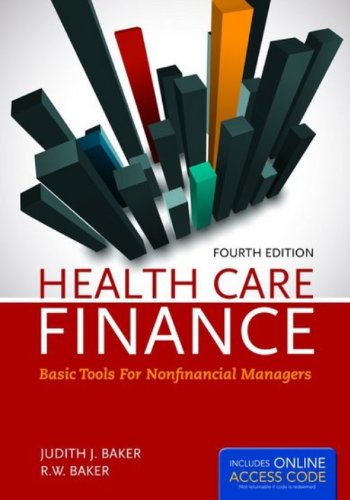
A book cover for Health Care Finance: Basic Tools for Nonfinancial Managers (Health Care Finance (Baker)); Judith J. Baker; Medical Books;